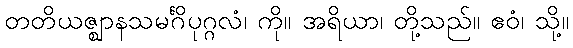
တတိယဇ္ဈာနသမင်္ဂိပုဂ္ဂလံ၊ ကို။ အရိယာ၊ တို့သည်။ ဧဝံ၊ သို့။